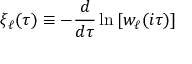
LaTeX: \xi _ { \ell } ( \tau ) \equiv - \frac { d } { d \tau } \ln \left[ w _ { \ell } ( i \tau ) \right]